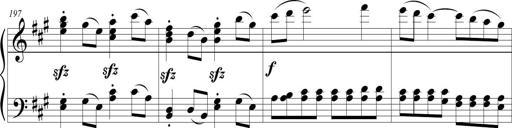
Title: Sonatina (Piano Sonata No.9)
Composer: Richard St. Clair